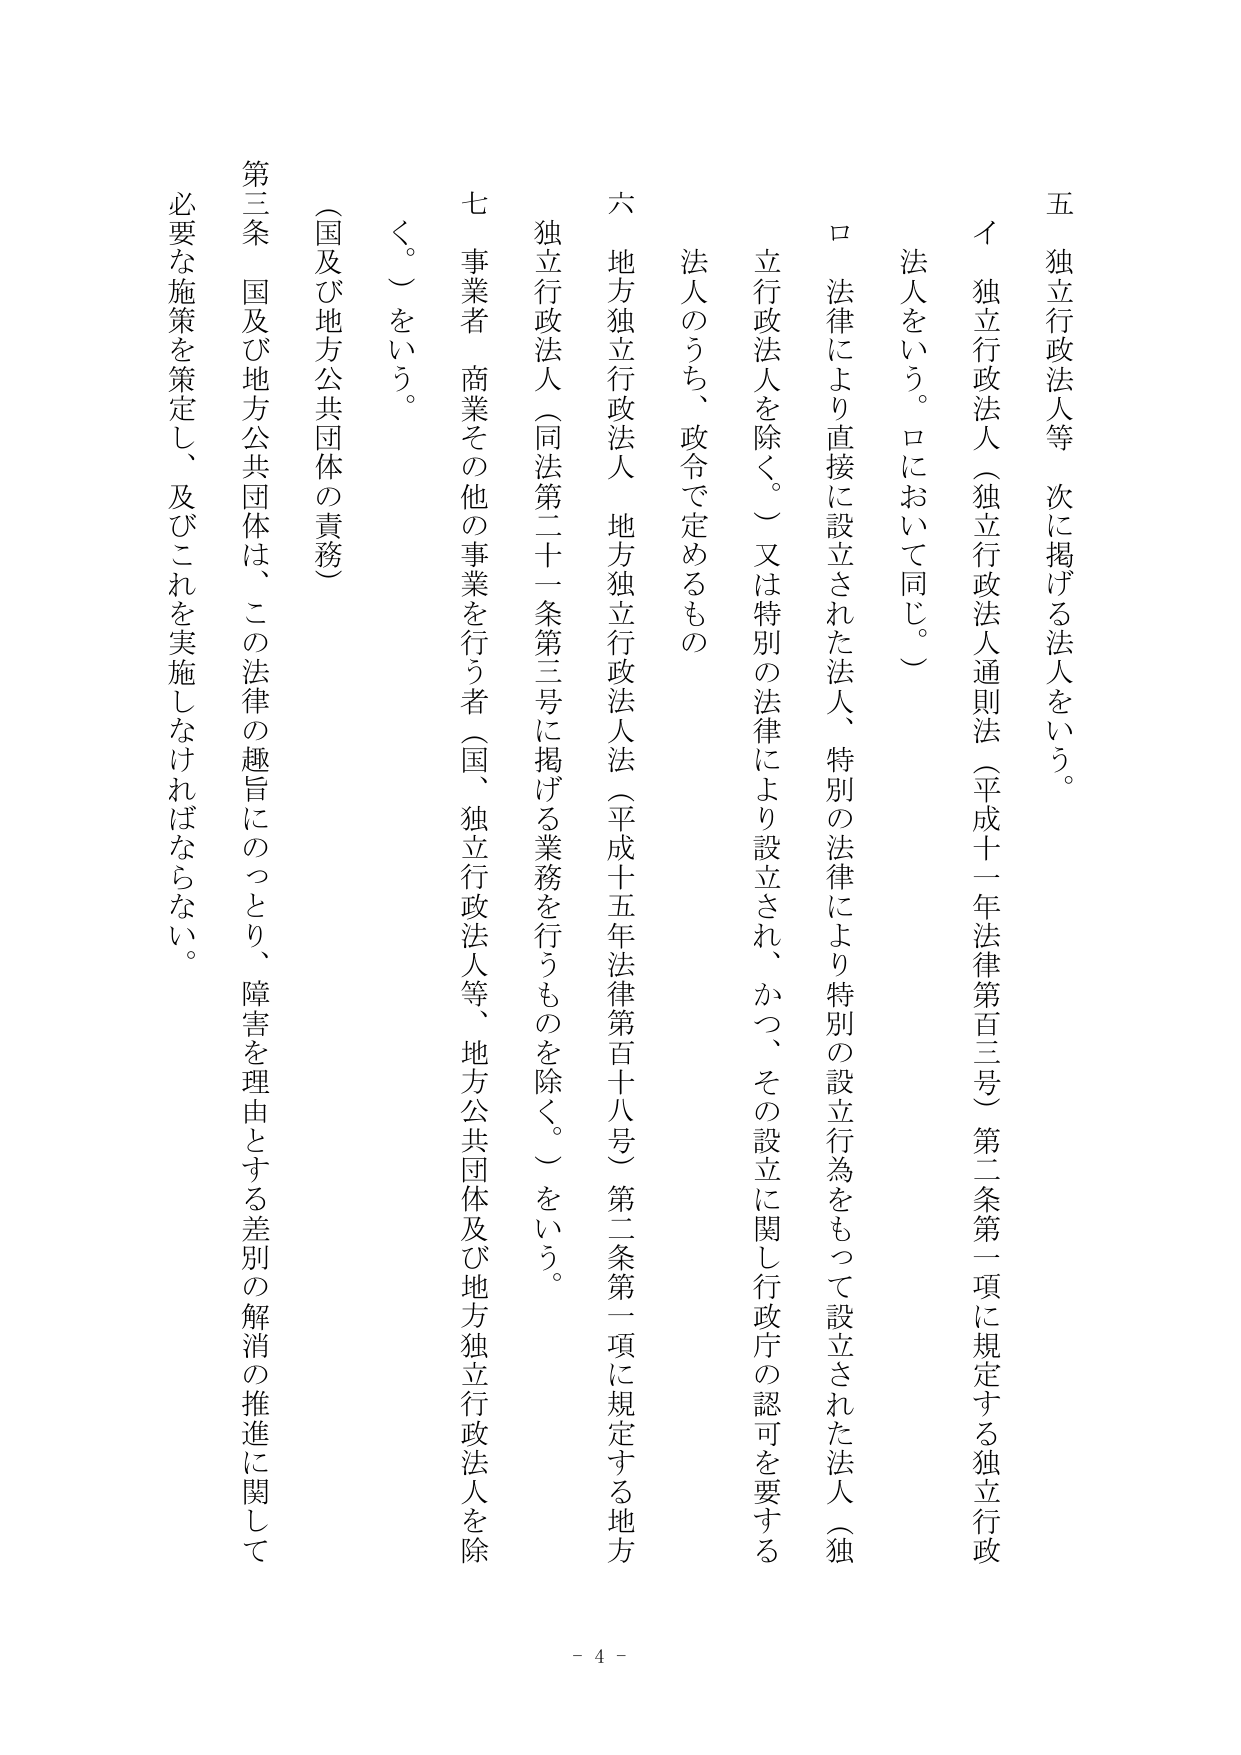
五 独立行政法人等 次に掲げる法人をいう。

イ 独立行政法人（独立行政法人通則法（平成十一年法律第百三号）第二条第一項に規定する独立行政法人をいう。ロにおいて同じ。）

ロ 法律により直接に設立された法人、特別の法律により特別の設立行為をもって設立された法人（独立行政法人を除く。）又は特別の法律により設立され、かつ、その設立に関し行政庁の認可を要する法人のうち、政令で定めるもの

六 地方独立行政法人 地方独立行政法人法（平成十五年法律第百十八号）第二条第一項に規定する地方独立行政法人（同法第二十一条第三号に掲げる業務を行うものを除く。）をいう。

七 事業者 商業その他の事業を行う者（国、独立行政法人等、地方公共団体及び地方独立行政法人を除く。）をいう。

（国及び地方公共団体の責務）

第三条 国及び地方公共団体は、この法律の趣旨にのっとり、障害を理由とする差別の解消の推進に関して必要な施策を策定し、及びこれを実施しなければならない。

- 4 -